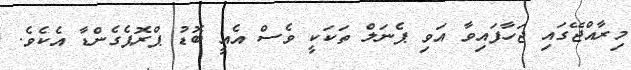
މިރާއްޖޭގައި ޖަހާފައިވާ އަވި ޕެނަލް ތަކަކީ ވެސް އެއީ ބޮޑު ޕްރޮޕެގެންޑާ އެކެވެ.